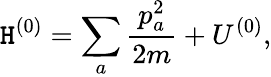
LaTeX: \mathtt{H}^{(0)}=\sum_{a}\frac{{p_{a}^{2}}}{{2m}}+U^{(0)},